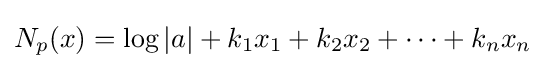
N_{p}(x)=\log |a|+k_{1}x_{1}+k_{2}x_{2}+\cdots +k_{n}x_{n}